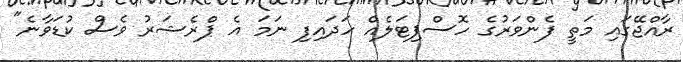
ރާއްޖޭގައި މަތީ ފެންވަރުގެ ހޮސްޕިޓަލެެއް ހަދައިފި ނަމަ އެ ޕްރެޝަރު ވެސް ކުޑަވާނެ"